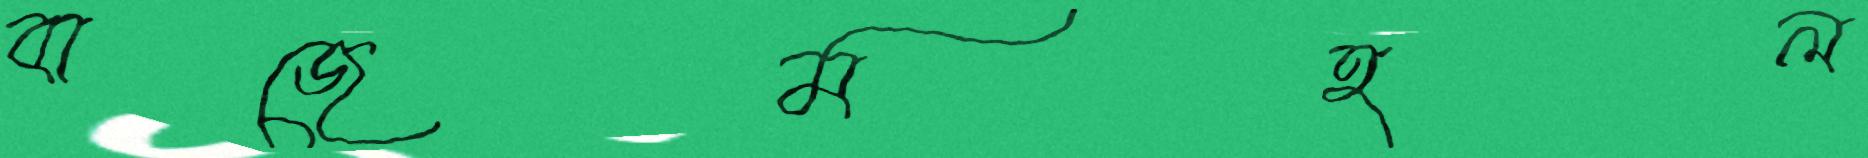
বাজেমহল